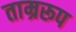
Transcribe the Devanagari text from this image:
ताम्ररूप